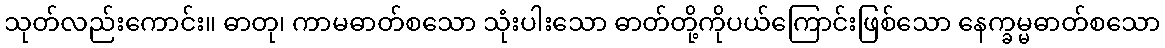
သုတ်လည်းကောင်း။ ဓာတု၊ ကာမဓာတ်စသော သုံးပါးသော ဓာတ်တို့ကိုပယ်ကြောင်းဖြစ်သော နေက္ခမ္မဓာတ်စသော